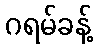
ဂရမ်ခန့်